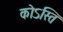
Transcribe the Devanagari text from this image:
कोऽस्ति